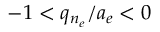
- 1 < q _ { n _ { e } } / a _ { e } < 0